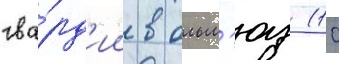
гва́рд'ии в ольм'юц (10